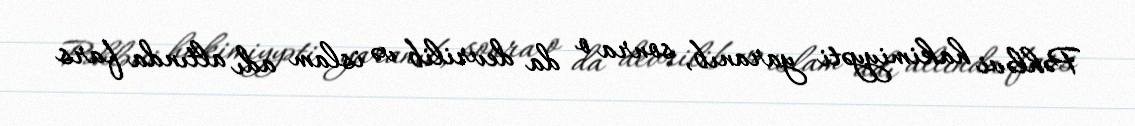
Pəhləvi hakimiyyəti yaranıb, sonra o da devrilib və islam adı altında fars